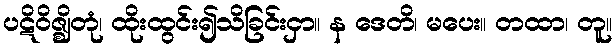
ပဋိဝိဇ္ဈိတုံ၊ ထိုးထွင်း၍သိခြင်းငှာ။ န ဒေတိ၊ မပေး။ တထာ၊ တူ။